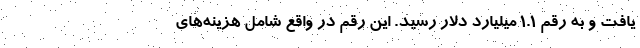
یافت و به رقم ۱.۱ میلیارد دلار رسید. این رقم در واقع شامل هزینه‌های